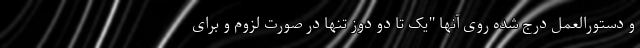
و دستورالعمل درج شده روی آنها "یک تا دو دوز تنها در صورت لزوم و برای